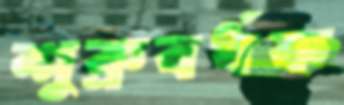
শুক্রবর্ধক